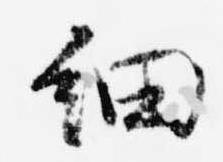
細